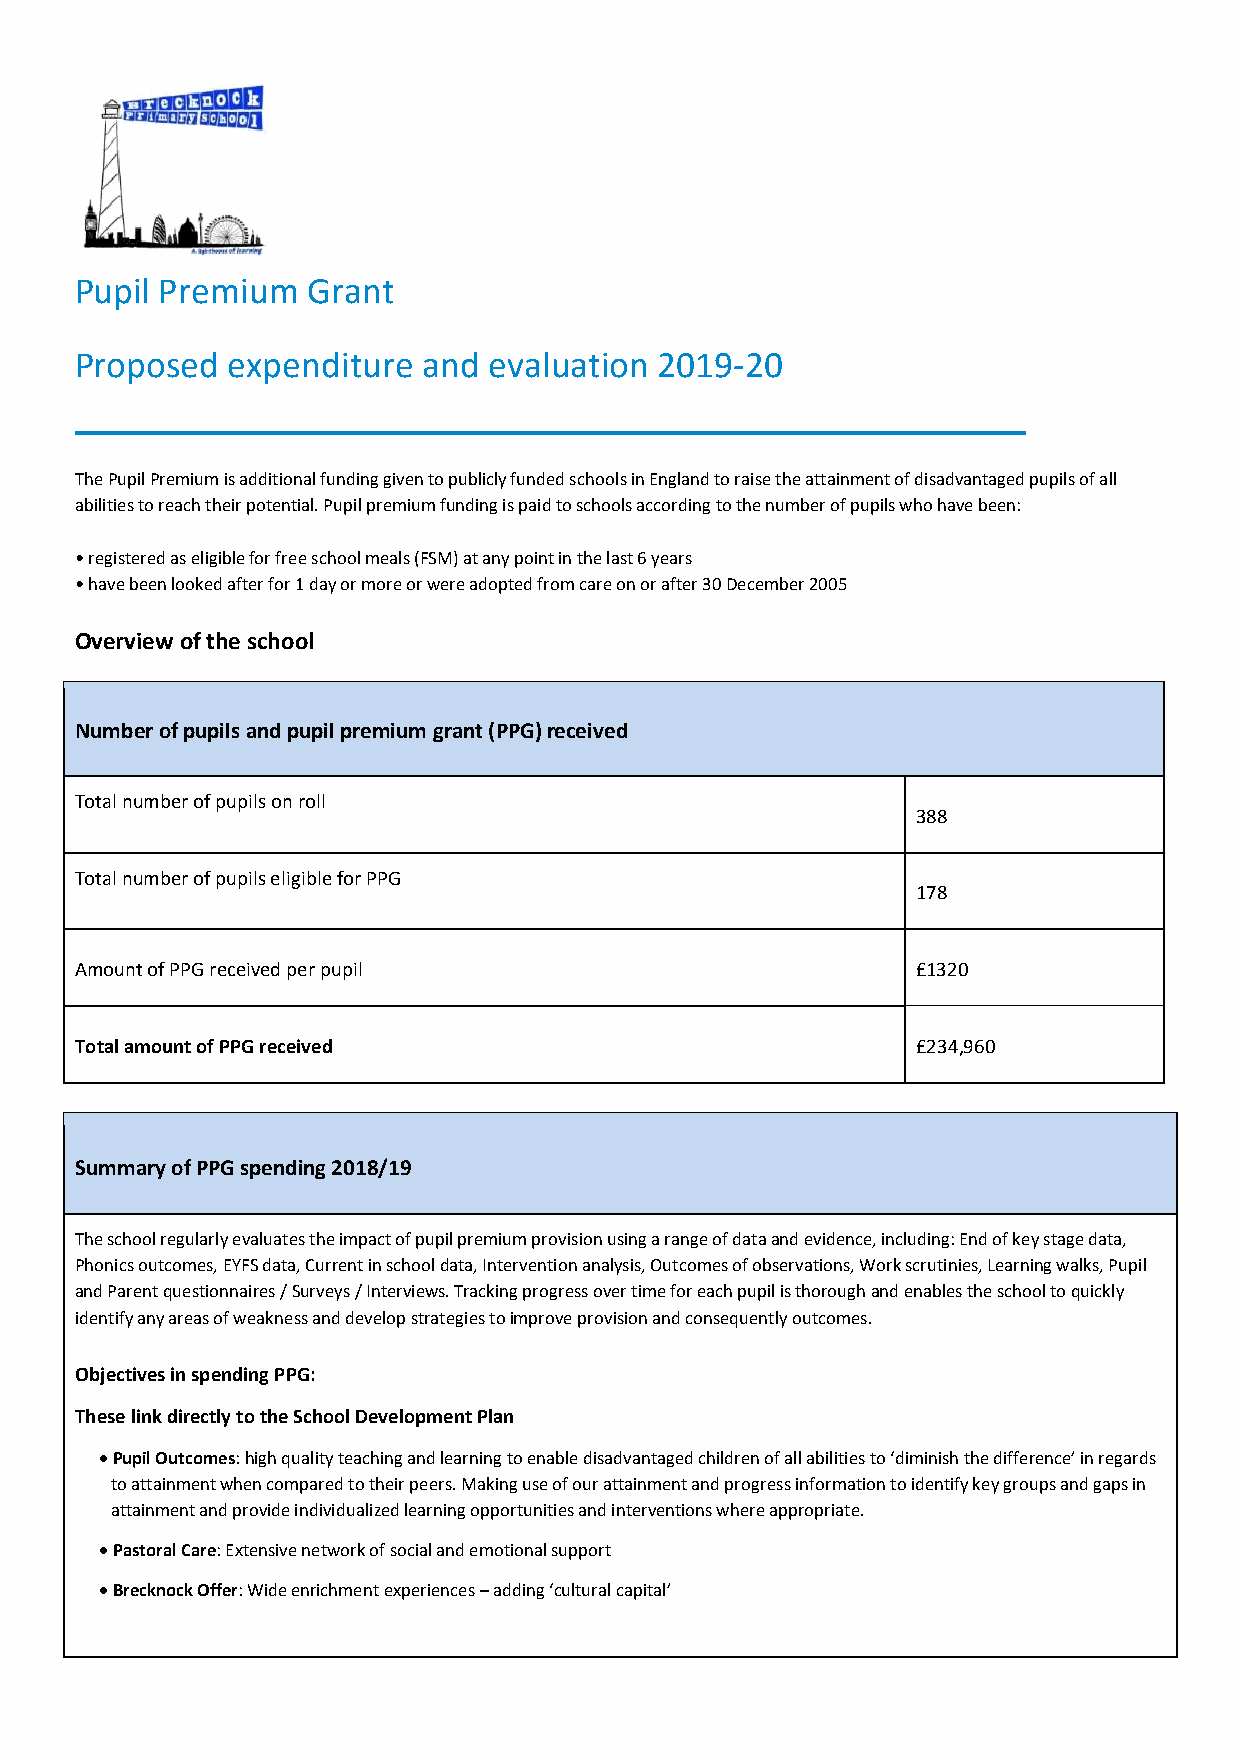
Pupil Premium  Grant
 Proposed  expenditure  and evaluation 2019-20
 The Pupil Premium is additional funding given to publicly funded schools in England to raise the attainment of disadvantaged pupils of all
 abilities to reach their potential. Pupil premium funding is paid to schools according to the number of pupils who have been:
 • registered as eligible for free school meals (FSM) at any point in the last 6 years
 • have been looked after for 1 day or more or were adopted from care on or after 30 December 2005
 Overview of the school
 Number of pupils and pupil premium grant (PPG) received
 Total number of pupils on roll
 388
 Total number of pupils eligible for PPG
 178
 Amount of PPG received per pupil                        £1320
 Total amount of PPG received                            £234,960
 Summary of PPG spending 2018/19
 The school regularly evaluates the impact of pupil premium provision using a range of data and evidence, including: End of key stage data,
 Phonics outcomes, EYFS data, Current in school data, Intervention analysis, Outcomes of observations, Work scrutinies, Learning walks, Pupil
 and Parent questionnaires / Surveys / Interviews. Tracking progress over time for each pupil is thorough and enables the school to quickly
 identify any areas of weakness and develop strategies to improve provision and consequently outcomes.
 Objectives in spending PPG:
 These link directly to the School Development Plan
  Pupil Outcomes: high quality teaching and learning to enable disadvantaged children of all abilities to ‘diminish the difference’ in regards
 to attainment when compared to their peers. Making use of our attainment and progress information to identify key groups and gaps in
 attainment and provide individualized learning opportunities and interventions where appropriate.
  Pastoral Care: Extensive network of social and emotional support
  Brecknock Offer: Wide enrichment experiences – adding ‘cultural capital’